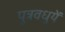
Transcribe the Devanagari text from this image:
पुत्रवधुयें